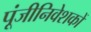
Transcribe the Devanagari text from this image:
पूंजीनिवेशकों